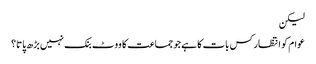
لیکن
عوام کو انتظار کس بات کا ہے جو جماعت کا ووٹ بنک نہیں بڑھ پاتا؟